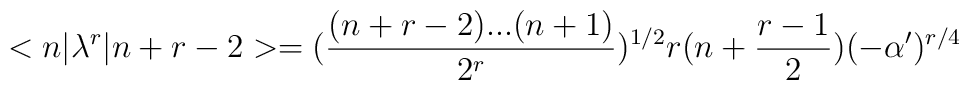
<n|\lambda ^{r}|n+r-2> = (\frac{(n+r-2)...(n+1)}{2^{r}})^{1/2} r(n+\frac{r-1}{2})(-\alpha ')^{r/4}